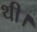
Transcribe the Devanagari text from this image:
थी।